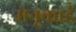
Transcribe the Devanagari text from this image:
मेनूकार्ड